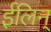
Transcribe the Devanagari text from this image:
ईलिन्